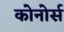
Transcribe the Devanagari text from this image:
कोनोर्स